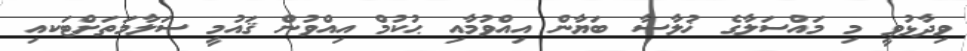
ވިދާޅުވީ މި މައްސަލާގެ ޚުލާސާ ބަޔާން އިއްވުމާއި ޙުކުމް އިއްވުން ޤައުމީ ސަލާމަތަށްޓަކއި